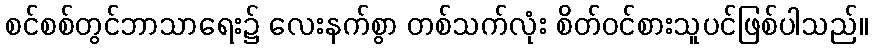
စင်စစ်တွင်ဘာသာရေး၌ လေးနက်စွာ တစ်သက်လုံး စိတ်ဝင်စားသူပင်ဖြစ်ပါသည်။